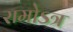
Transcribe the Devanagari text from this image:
रामोऽत्र